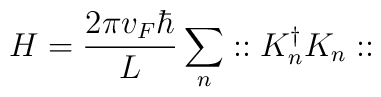
H= \frac {2 \pi v_F \hbar}{L} \sum_n :: K_n^{\dagger} K_n::